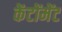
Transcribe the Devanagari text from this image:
केंटोंमेंट